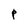
Character: P